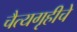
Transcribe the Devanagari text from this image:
चैत्यगृहीचे